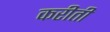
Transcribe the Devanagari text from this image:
करीती